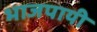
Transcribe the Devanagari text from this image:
भाजपायी